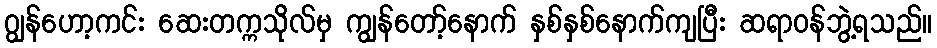
ဂျွန်ဟော့ကင်း ဆေးတက္ကသိုလ်မှ ကျွန်တော့်နောက် နှစ်နှစ်နောက်ကျပြီး ဆရာဝန်ဘွဲ့ရသည်။